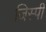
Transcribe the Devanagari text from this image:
जिस्पी